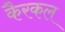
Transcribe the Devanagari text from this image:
कैरकल